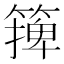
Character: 篺